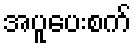
အပူပေးစက်